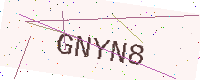
Text: GNYN8